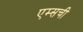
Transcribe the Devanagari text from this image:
एम्सची